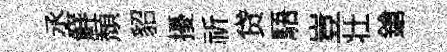
丞鮮頽貂擾祈贷䮏豈壮鎗